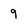
Character: 9